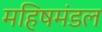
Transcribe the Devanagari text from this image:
महिषमंडल